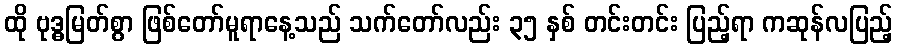
ထို ဗုဒ္ဓမြတ်စွာ ဖြစ်တော်မူရာနေ့သည် သက်တော်လည်း ၃၅ နှစ် တင်းတင်း ပြည့်ရာ ကဆုန်လပြည့်